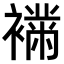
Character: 𧝉